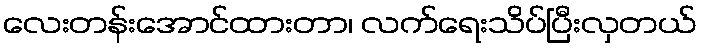
လေးတန်းအောင်ထားတာ၊ လက်ရေးသိပ်ပြီးလှတယ်